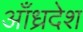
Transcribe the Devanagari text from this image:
आँध्रदेश